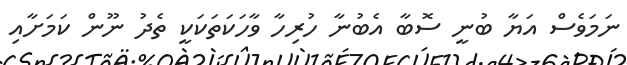
ނަމަވެސް އަޔާ ބުނީ ސޮބާ އެބުނާ ހުރިހާ ވާހަކަތަކަކީ ތެދު ނޫން ކަމަށާއި